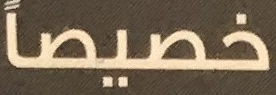
خصيصاً